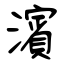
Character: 濱